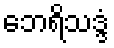
ဘေရိသဒ္ဒံ